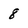
Character: 8